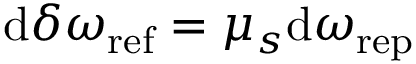
\mathrm { d } \delta \omega _ { \mathrm { r e f } } = \mu _ { s } \mathrm { d } \omega _ { \mathrm { r e p } }